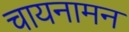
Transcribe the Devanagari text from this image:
चायनामन